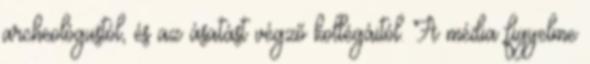
archeológustól, és az ásatást végző kollégáitól. A média figyelme